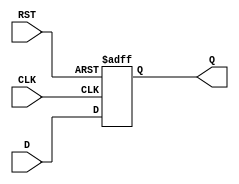
module FeedbackRegister (
    input wire D,        // Data input
    input wire CLK,      // Clock input
    input wire RST,      // Asynchronous reset
    output reg Q         // Output register
);

// Asynchronous reset and synchronous update on clock edge
always @(posedge CLK or posedge RST) begin
    if (RST) begin
        Q <= 1'b0;      // Reset output to 0
    end else begin
        Q <= D;         // Update output with input D
    end
end

endmodule